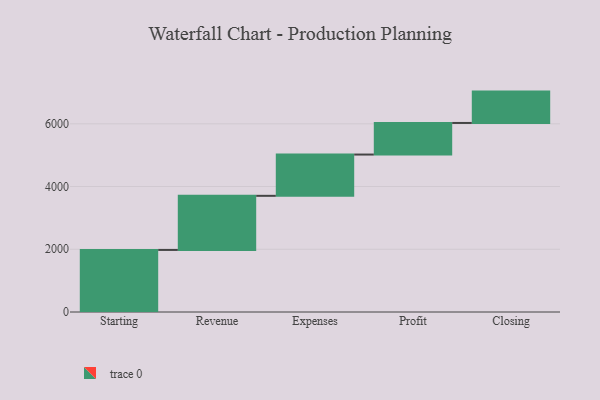
{"axis": {"x": "Step", "y": "Value"}, "legend": [""], "data": [{"x": "Starting", "y": 1979.0, "type": ""}, {"x": "Revenue", "y": 1725.0, "type": ""}, {"x": "Expenses", "y": 1316.0, "type": ""}, {"x": "Profit", "y": 1007.0, "type": ""}, {"x": "Closing", "y": 1000, "type": ""}]}